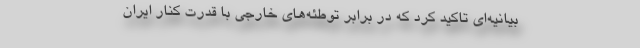
بیانیه‌ای تاکید کرد که در برابر توطئه‌های خارجی با قدرت کنار ایران